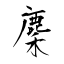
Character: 麇